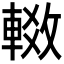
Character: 𬧶